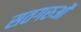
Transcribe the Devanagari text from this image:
सतगरुओं